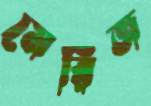
মেরিজ